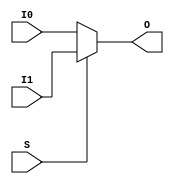
module MUXF9
  `ifdef XIL_TIMING //Simprim 
#(
  parameter LOC = "UNPLACED"
)
  `endif
(
  output O,

  input I0,
  input I1,
  input S
);

    reg O_out;

    always @(I0 or I1 or S)
        if (S)
            O_out = I1;
        else
            O_out = I0;

    assign O = O_out;

`ifdef XIL_TIMING

    specify


        (I0 => O) = (0:0:0, 0:0:0);
        (I1 => O) = (0:0:0, 0:0:0);
        (S => O) = (0:0:0, 0:0:0);
        specparam PATHPULSE$ = 0;


    endspecify

`endif

endmodule